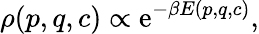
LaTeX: \rho(p,q,c)\propto\mathrm{e}^{-\beta E(p,q,c)},